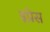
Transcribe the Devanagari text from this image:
इप्रेस